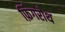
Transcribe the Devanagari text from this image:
फ़िंगरोथ